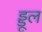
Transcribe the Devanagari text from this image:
ड्डूल